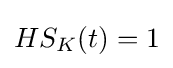
HS_{K}(t)=1